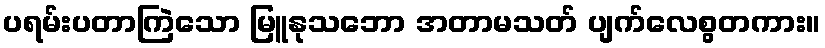
ပရမ်းပတာကြဲသော မြူနုသဘော အတာမသတ် ပျက်လေစွတကား။